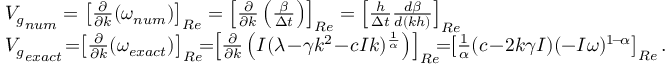
\begin{array} { r l } & { { V _ { g } } _ { n u m } = \left[ \frac { \partial } { \partial k } ( \omega _ { n u m } ) \right] _ { R e } = \left[ \frac { \partial } { \partial k } \left( \frac { \beta } { \Delta t } \right) \right] _ { R e } = \left[ \frac { h } { \Delta t } \frac { d \beta } { d ( k h ) } \right] _ { R e } } \\ & { { V _ { g } } _ { e x a c t } \! = \! \! \left[ \frac { \partial } { \partial k } ( \omega _ { e x a c t } ) \right] _ { R e } \! \! \! = \! \! \left[ \frac { \partial } { \partial k } \left( I ( \lambda \! - \! \gamma k ^ { 2 } \! - \! c I k ) ^ { \frac { 1 } { \alpha } } \right) \right] _ { R e } \! \! \! = \! \! \left[ \frac { 1 } { \alpha } ( c \! - \! 2 k \gamma I ) ( - I \omega ) ^ { 1 \! - \! \alpha } \right] _ { R e } . } \end{array}